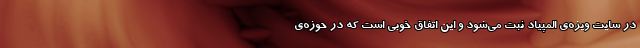
در سایت ویژه‌ی المپیاد ثبت می‌شود و این اتفاق خوبی است که در حوزه‌ی